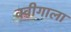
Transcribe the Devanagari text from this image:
क्वीगाला